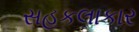
સહકલાકાર